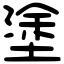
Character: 塗